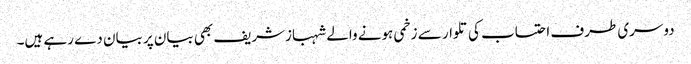
دوسری طرف احتساب کی تلوار سے زخمی ہونے والے شہبازشریف بھی بیان پر بیان دے رہے ہیں۔